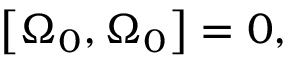
\left[ \Omega _ { 0 } , \Omega _ { 0 } \right] = 0 ,